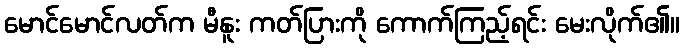
မောင်မောင်လတ်က မီနူး ကတ်ပြားကို ကောက်ကြည့်ရင်း မေးလိုက်၏။